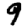
Digit: 9